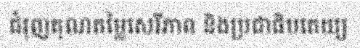
ជំរុញគុណតម្លៃសេរីភាព និងប្រជាធិបតេយ្យ